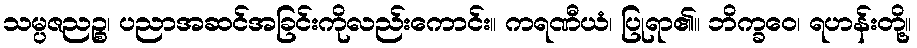
သမ္ပဇညဉ္စ၊ ပညာအဆင်အခြင်းကိုလည်းကောင်း။ ကရဏီယံ၊ ပြုရာ၏။ ဘိက္ခဝေ၊ ရဟန်းတို့။